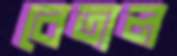
বেতাল